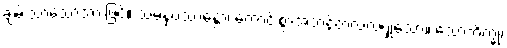
ချမ်းသာသောအားဖြင့်။ သမနုပဿန္တော၊ ကောင်းစွာအဘန်တလဲလဲရှုသော။ သောဘိက္ခု၊